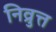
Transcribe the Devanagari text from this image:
निव्रुत्त